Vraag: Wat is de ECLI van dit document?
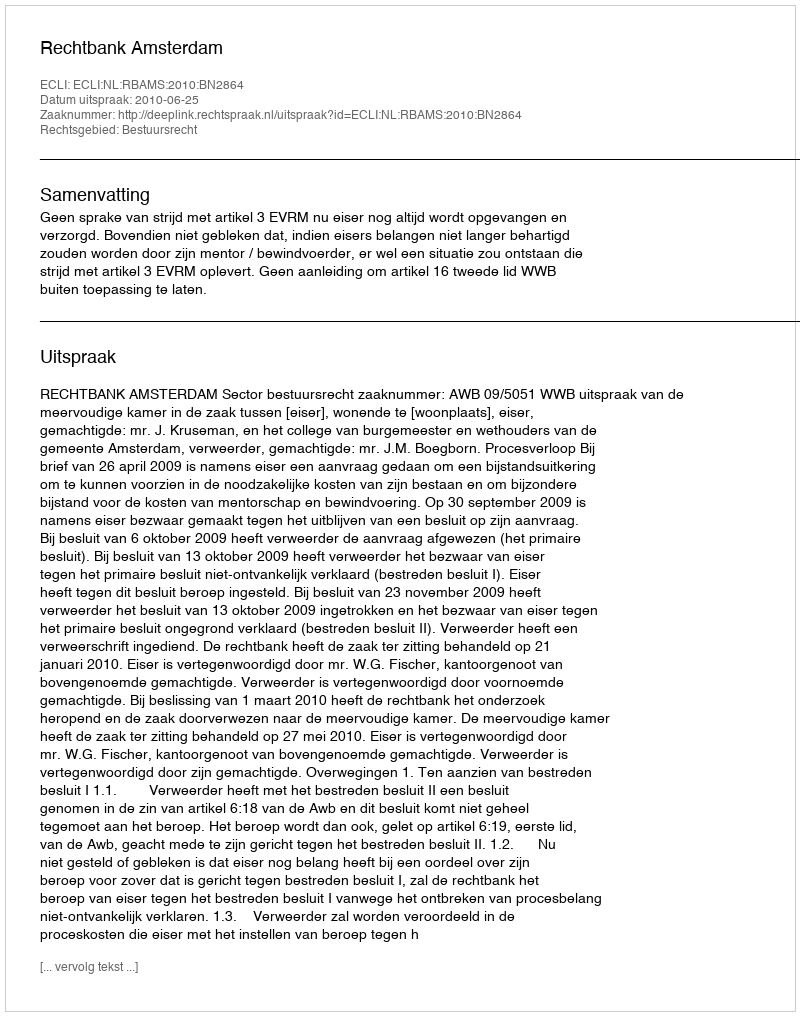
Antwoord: ECLI:NL:RBAMS:2010:BN2864